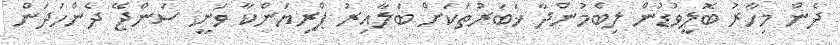
ދެން މިހާރު ބޮލީވުޑުން ލިބެމުންދާ ޚަބަރުތަކަށް ބަލާއިރު ޕްރިޔަންކާ ވަނީ ސަންޖޭ ދެންހަދަން